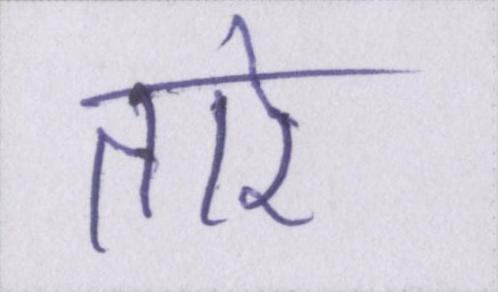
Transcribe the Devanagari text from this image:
तारे